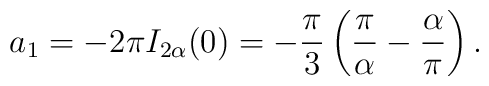
a_1=-2\pi I_{2\alpha }(0)=-\frac{\pi}{3}\left (\frac{\pi }{\alpha} -\frac{\alpha}{\pi}\right ){.}